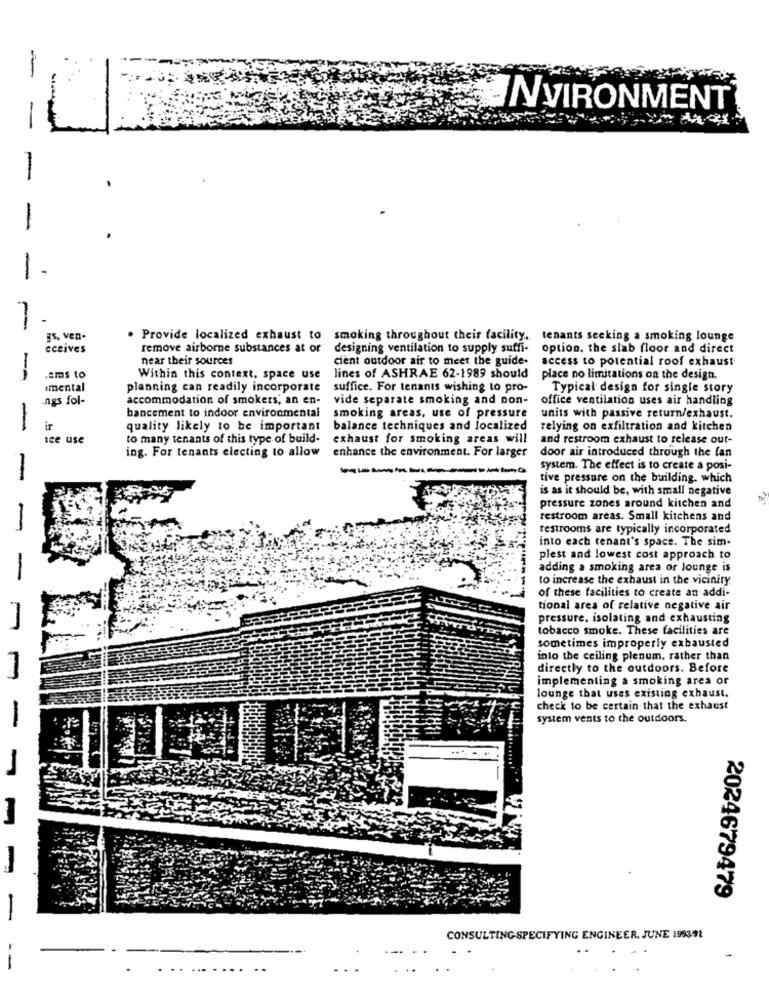
-
-
INVIRONMENT
-
-
gs, ven-
. Provide localized exhaust to
smoking throughout their facility, tenants seeking a smoking lounge
eceives
remove airborne substances at or
designing ventilation to supply suffi- option, the slab floor and direct
near their sources
cient outdoor air to meet the guide-
access to potential roof exhaust
--
.ems to
Within this context. space use
lines of ASHRAE 62-1989 should
place no limitations on the design.
mental
planning can readily incorporate
suffice. For tenants wishing to pro-
Typical design for single story
ngs fol-
accommodation of smokers, an en-
vide separate smoking and non-
office ventilation uses air handling
bancement to indoor environmental
smoking areas, use of pressure
units with passive return/exhaust.
ir
quality likely to be important
balance techniques and localized
relying on exfiltration and kitchen
Ice use
to many tenants of this type of build-
exhaust for smoking areas will
and restroom exhaust to release out-
ing. For tenants electing to allow
enhance the environment. For larger
door air introduced through the fan
system. The effect is to create a posi-
tive pressure on the building. which
is as it should be, with small negative
pressure zones around kitchen and
restroom areas. Small kitchens and
restrooms are typically incorporated
into each tenant's space. The sim-
plest and lowest cost approach to
adding a smoking area or lounge is
to increase the exhaust in the vicinity
of these facilities to create an addi-
tional area of relative negative air
pressure, isolating and exhausting
tobacco smoke. These facilities are
sometimes improperly exhausted
into the ceiling plenum. rather than
directly to the outdoors. Before
implementing a smoking area or
lounge that uses existing exhaust.
check to be certain that the exhaust
system vents to the outdoors.
.... .....
2024679479
CONSULTING SPECIFYING ENGINEER. JUNE 199392